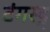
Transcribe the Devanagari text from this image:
टंगस्ट्न